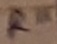
Text: R11